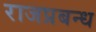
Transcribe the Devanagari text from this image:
राजप्रबन्ध